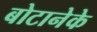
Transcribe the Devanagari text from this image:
बोटानेके